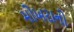
મોખરાનો